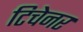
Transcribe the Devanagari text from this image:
टिचेनर